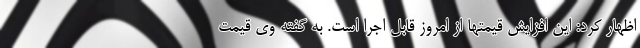
اظهار کرد: این افزایش قیمتها از امروز قابل اجرا است. به گفته وی قیمت